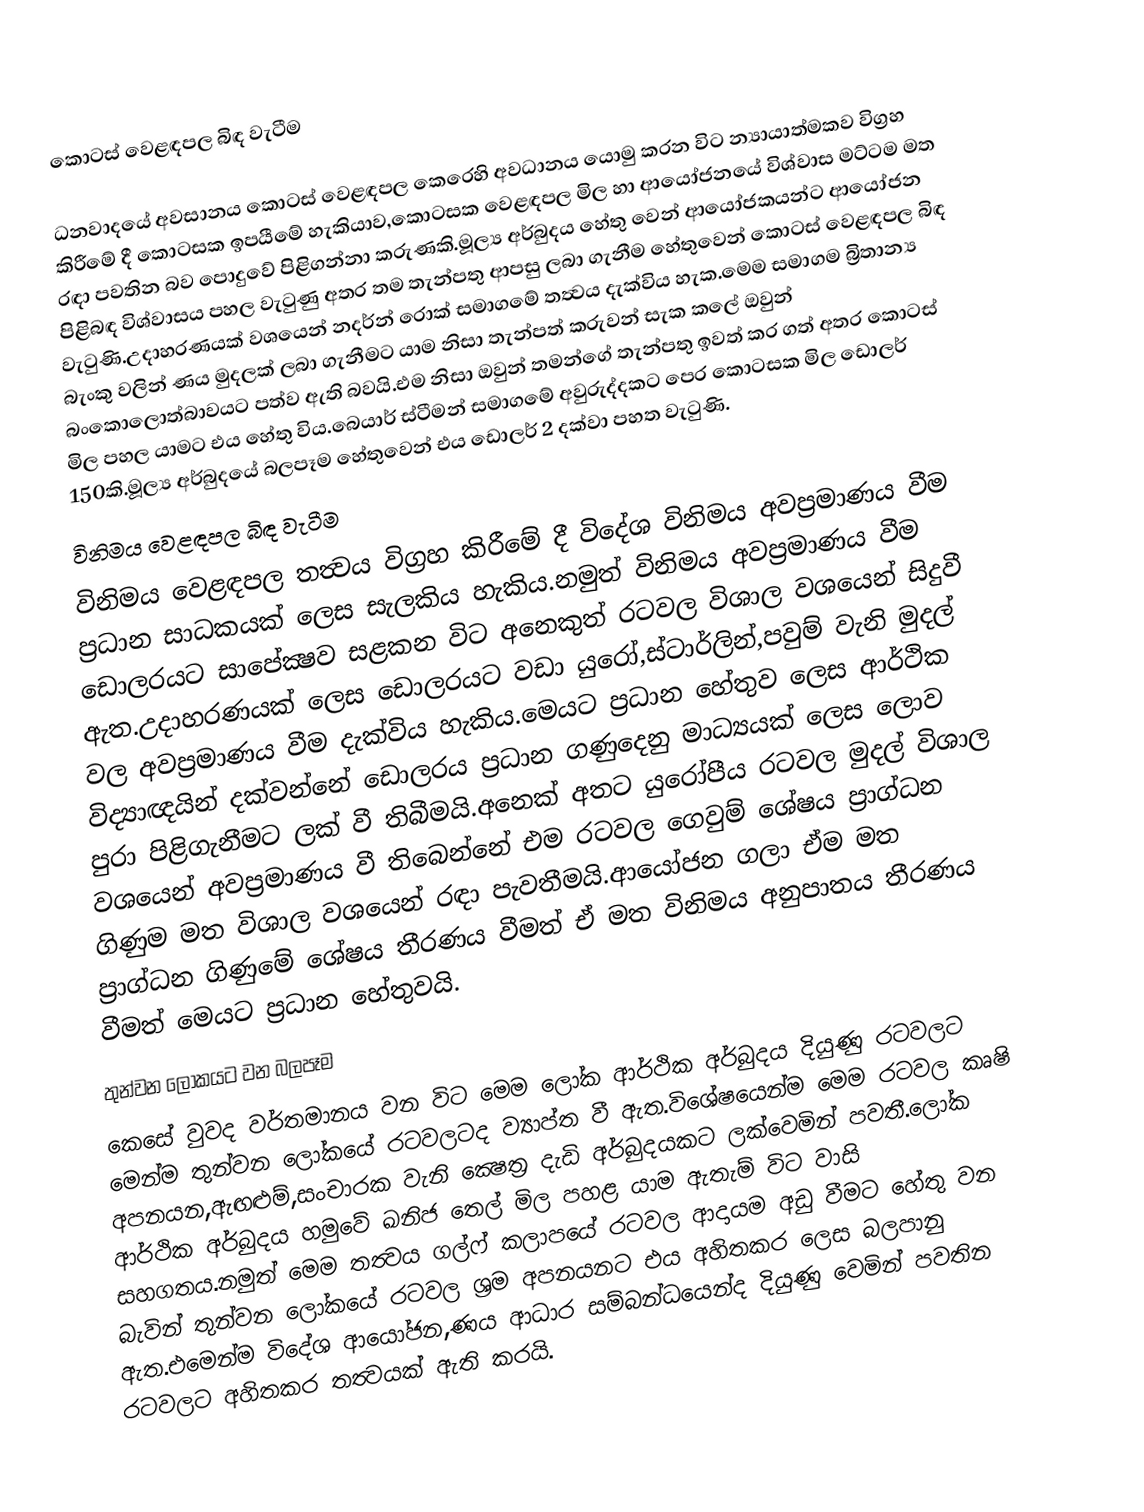
කොටස් වෙළඳපල බිඳ වැටීම

ධනවාදයේ අවසානය කොටස් වෙළඳපල කෙරෙහි අවධානය යොමු කරන විට න්‍යායාත්මකව විග්‍රහ කිරීමේ දී කොටසක ඉපයීමේ හැකියාව,කොටසක වෙළඳපල මිල හා ආයෝජනයේ විශ්වාස මට්ටම මත රඳා පවතින බව පොදුවේ පිළිගන්නා කරුණකි.මූල්‍ය අර්බුදය හේතු වෙන් ආයෝජකයන්ට ආයෝජන පිළිබඳ විශ්වාසය පහල වැටුණු අතර තම තැන්පතු ආපසු ලබා ගැනීම හේතුවෙන් කොටස් වෙළඳපල බිඳ වැටුණි.උදාහරණයක් වශයෙන් නදර්න් රොක් සමාගමේ තත්‍වය දැක්විය හැක.මෙම සමාගම බ්‍රිතාන්‍ය බැංකු වලින් ණය මුදලක් ලබා ගැනීමට යාම නිසා තැන්පත් කරුවන් සැක කලේ ඔවුන් බංකොලොත්බාවයට පත්ව ඇති බවයි.එම නිසා ඔවුන් තමන්ගේ තැන්පතු ඉවත් කර ගත් අතර කොටස් මිල පහල යාමට එය හේතු විය.බෙයාර් ස්ටීමන් සමාගමේ අවුරුද්දකට පෙර කොටසක මිල ඩොලර් 150කි.මූල්‍ය අර්බුදයේ බලපෑම හේතුවෙන් එය ඩොලර් 2 දක්වා පහත වැටුණි.
විනිමය වෙළඳපල බිඳ වැටීම
විනිමය වෙළඳපල තත්‍වය විග්‍රහ කිරීමේ දී විදේශ විනිමය අවප්‍රමාණය වීම ප්‍රධාන සාධකයක් ලෙස සැලකිය හැකිය.නමුත් විනිමය අවප්‍රමාණය වීම ඩොලරයට සාපේක්‍ෂව සළකන විට අනෙකුත් රටවල විශාල වශයෙන් සිදුවී ඇත.උදාහරණයක් ලෙස ඩොලරයට වඩා යුරෝ,ස්ටාර්ලින්,පවුම් වැනි මුදල් වල අවප්‍රමාණය වීම දැක්විය හැකිය.මෙයට ප්‍රධාන හේතුව ලෙස ආර්ථික විද්‍යාඥයින් දක්වන්නේ ඩොලරය ප්‍රධාන ගණුදෙනු මාධ්‍යයක් ලෙස ලොව පුරා පිළිගැනීමට ලක් වී තිබීමයි.අනෙක් අතට යුරෝපීය රටවල මුදල් විශාල වශයෙන් අවප්‍රමාණය වී තිබෙන්නේ එම රටවල ‍ගෙවුම් ශේෂය ප්‍රාග්ධන ගිණුම මත විශාල වශයෙන් රඳා පැවතීමයි.ආයෝජන ගලා ඒම මත ප්‍රාග්ධන ගිණුමේ ශේෂය තීරණය වීමත් ඒ මත විනිමය අනුපාතය තීරණය වීමත් මෙයට ප්‍රධාන හේතුවයි.
තුන්වන ලෝකයට වන බලපෑම
කෙසේ වුවද වර්තමානය වන විට මෙම ලෝක ආර්ථික අර්බුදය දියුණු රටවලට මෙන්ම තුන්වන ලෝකයේ රටවලටද ව්‍යාප්ත වී ඇත.විශේෂයෙන්ම මෙම රටවල කෘෂි අපනයන,ඇඟළුම්,සංචාරක වැනි ‍ක්‍ෂෙත්‍ර දැඩි අර්බුදයකට ලක්වෙමින් පවතී.ලෝක ආර්ථික අර්බුදය හමුවේ ඛනිජ තෙල් මිල පහළ යාම ඇතැම් විට වාසි සහගතය.නමුත් මෙම තත්‍වය ගල්ෆ් කලාපයේ රටවල ආදායම අඩු වීමට ‍හේතු වන බැවින් තුන්වන ලෝකයේ රටවල ශ්‍රම අපනයනට එය අහිතකර ලෙස බලපානු ඇත.එමෙන්ම විදේශ ආයෝජන,ණය ආධාර සම්බන්ධයෙන්ද දියුණු වෙමින් පවතින රටවලට අහිතකර තත්‍වයක් ඇති කරයි.